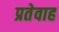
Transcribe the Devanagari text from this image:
प्रतेवाह